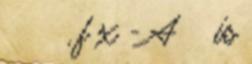
δ ε , f x - A ε is